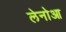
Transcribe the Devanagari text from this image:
लेनोआ